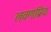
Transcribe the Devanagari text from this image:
लवणप्रिय